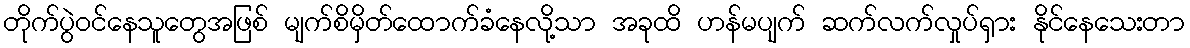
တိုက်ပွဲဝင်နေသူတွေအဖြစ် မျက်စိမှိတ်ထောက်ခံနေလို့သာ အခုထိ ဟန်မပျက် ဆက်လက်လှုပ်ရှား နိုင်နေသေးတာ